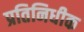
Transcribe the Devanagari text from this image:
प्रतिनिधीक